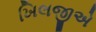
ખિલજીએ